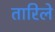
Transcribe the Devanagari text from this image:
तारिले